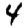
Digit: 4